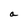
Character: a